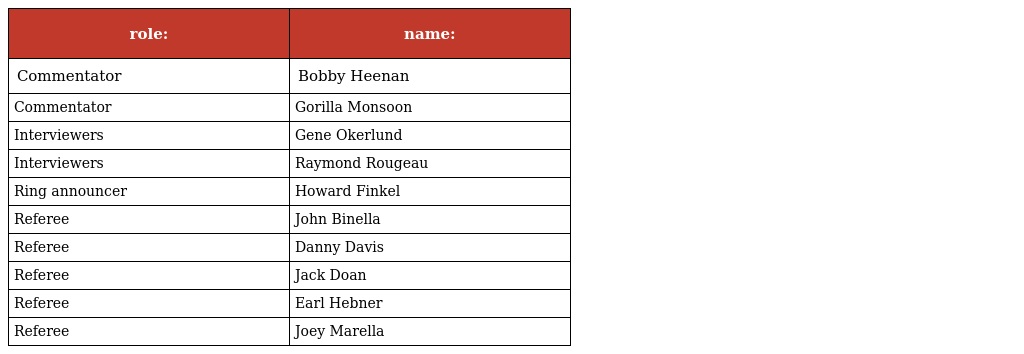
| role: | name: |
 | --- | --- |
 | Commentator | Bobby Heenan |
 | Commentator | Gorilla Monsoon |
 | Interviewers | Gene Okerlund |
 | Interviewers | Raymond Rougeau |
 | Ring announcer | Howard Finkel |
 | Referee | John Binella |
 | Referee | Danny Davis |
 | Referee | Jack Doan |
 | Referee | Earl Hebner |
 | Referee | Joey Marella |